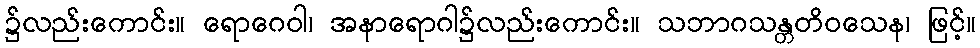
၌လည်းကောင်း။ ရောဂေဝါ၊ အနာရောဂါ၌လည်းကောင်း။ သဘာဂသန္တတိဝသေန၊ ဖြင့်။